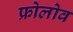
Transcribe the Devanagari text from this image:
फ्रोलोव